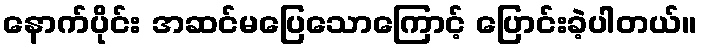
နောက်ပိုင်း အဆင်မပြေသောကြောင့် ပြောင်းခဲ့ပါတယ်။